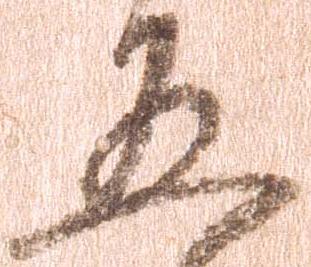
五